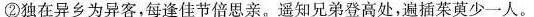
②独在异乡为异客，每逢佳节倍思亲。遥知兄弟登高处，遍插茱萸少一人。